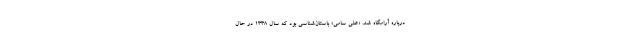
درباره آرامگاه شد. «علی سامی» باستان‌شناسی بود که سال ۱۳۳۸ در حال